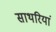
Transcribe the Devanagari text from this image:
साथरियां